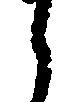
之